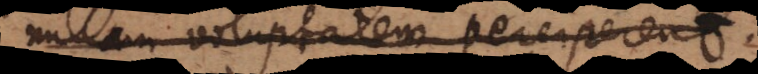
nullam voluptatem perciperent.